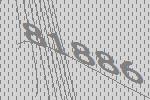
81886